Annual report of the Civil Veterinary Department, Bengal, for the year 1897-98 - 1897-1898
Year: 1897
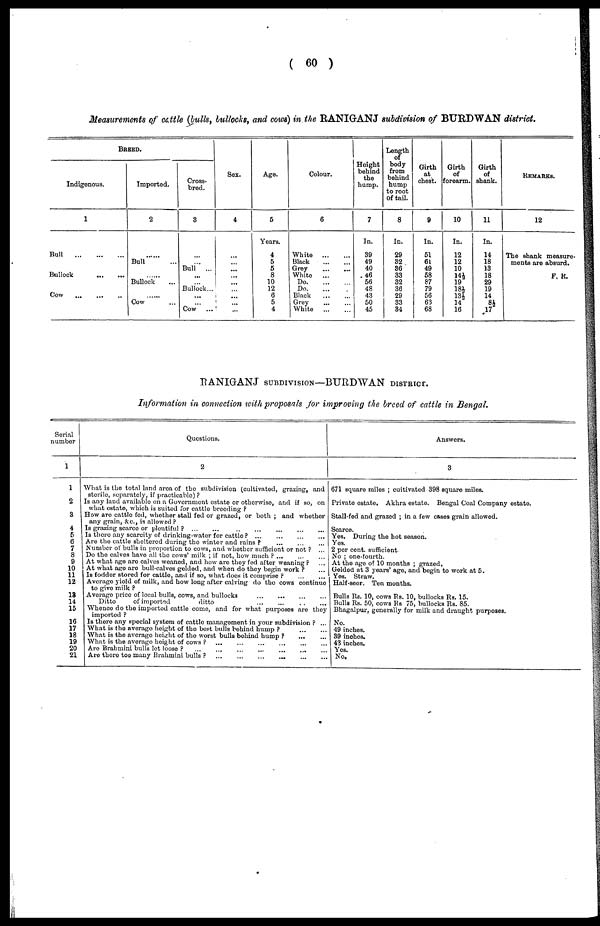
( 60 )
Measurements of cattle (bulls, bullocks, and cows) in the BANIGANJ subdivision of BUBDWAN district.
BREED.
Indigenous.
1
Bull
...
...
...
Bullock
...
...
Cow
...
...
...
Imported.
2
... ...
Bull ...
......
Bullock ...
....
Cow ...
Cross-
bred.
3
...
...
Bull
...
...
...
Bullock...
...
...
Cow
Sex.
4
...
...
...
...
...
...
...
...
...
Age.
5
Years.
4
5
5
8
10
12
6
5
4
Colour.
6
White
...
...
Black ... ...
Grey ... ...
White
... ...
Do
...
...
Do
...
...
Black
...
...
Grey
...
...
White
...
...
Height
behind
the
hump.
7
In.
39
49
40
46
56
48
43
50
45
Length
of
body
from
behind
hump
to root
Of tail.
8
In.
29
32
36
33
32
36
29
33
34
Girth
at
chest.
9
In.
51
61
49
58
87
79
56
63
68
Girth
of
forearm.
10
In.
12
12
10
14½
19
181
13½
14
16
Girth
of
shank.
11
In.
14
18
13
18
29
19
14
8½
17
REMARKS.
12
The shank measure-
ments are absurd.
F, R.
RANIGANJ SUBDIVISION—BURDWAN DISTRICT.
Information in connection with proposals for improving the breed of cattle in Bengal.
Serial
number
1
1
2
3
4
5
6
7
8
9
10
11
12
13
14
15
16
17
18
19
20
21
Questions.
2
What is the total land area of the subdivision (cultivated, grazing, and
sterile, separately, if practicable) ?
Is any land available on a Government estate or otherwise, and if so, on
what estate, which is suited for cattle breeding ?
How are cattle fed, whether stall fed or grazed, or both ; and whether
any grain, &c, is allowed ?
Is grazing scarce or plentiful ?
...
...
...
...
...
...
...
...
Is there any scarcity of drinking-water for cattle ?
...
...
...
...
Are the cattle sheltered during the winter and rains ?
...
...
...
Number of bulls in proportion to cows, and whether sufficient or not ? ...
Do the calves have all the cows' milk ; if not, how much ?
...
...
...
At what age are calves weaned, and how are they fed after weaning ? ...
At what age are bull-calves gelded, and when do they begin work ? ...
Is fodder stored for cattle, and if so, what does it comprise ?
...
...
Average yield of milk, and how long after calving do the cows continue
to give milk ?
Average price of local bulls, cows, and bullocks
...
...
...
...
Ditto
of imported
ditto ... ... ... ...
Whence do the imported cattle come, and for what purposes are they
imported ?
Is there any special system of cattle management in your subdivision ? ...
What is the average height of the best bulls behind hump
?
...
...
What is the average height of the worst bulls behind hump ?
...
...
What is the average height of cows ? ... ... ... ... ... ...
Are Brahmini bulls let loose ?
...
...
...
...
...
...
Are there too many Brahmini bulls ?
...
...
...
...
...
...
Answers.
3
671 square miles ; cultivated 398 square miles.
Private estate. Akhra estate. Bengal Coal Company estate.
Stall-fed and grazed ; in a few cases grain allowed.
Scarce.
Yes, During the hot season.
Yes.
2 per cent. sufficient.
No ; one-fourth.
At the age of 10 months ; grazed.
Gelded at 3 years' age, and begin to work at 5.
Yes. Straw.
Half-seer. Ten months.
Bulls Rs. 10, cows Rs. 10, bullocks Rs. 15.
Bulls Rs. 50, cows Rs 75, bullocks Rs. 85.
Bhagalpur, generally for milk and draught purposes.
No.
49 inches.
39 inches.
43 inches.
Yes.
No.